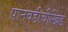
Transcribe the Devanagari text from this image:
पानवडीचीखिंड